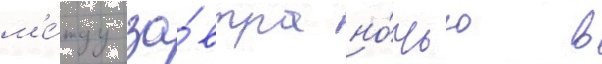
м'е́жду за́втра но́чью в